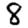
Digit: 8